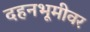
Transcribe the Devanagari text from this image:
दहनभूमीवर